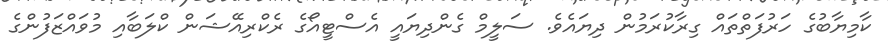
ކާމިޔާބުގެ ހަރުފަތްތައް ގިރާކުރަމުން ދިޔައެވެ. ސަލީމް ގެންދިޔައީ އެސްޓީއޯގެ ރެކްރިއޭޝަން ކްލަބާއި މުވައްޒަފުންގެ